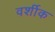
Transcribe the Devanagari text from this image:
वर्शीक